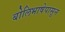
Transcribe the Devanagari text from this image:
बोलिभाषेपासून